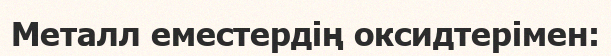
Металл еместердің оксидтерімен: